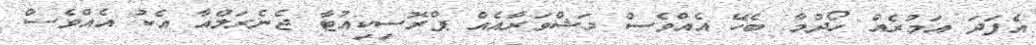
އެފަދަ އަމުރެއް ހޯދުމާ ބެހޭ އެއްވެސް މަޝްވަރާއެއް ޕްރޮސިކިއުޓާ ޖެނެރަލްއާ އެކު އެއްވެސް